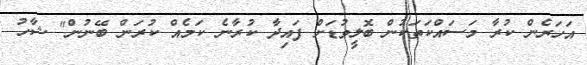
އަހަރެން ކުރާ މަސައްކަތަކުން ބޮލީވުޑަށް ފައިދާ ކުރާނެ ކަމެއް ކުރަން ބޭނުން" ޝާހު